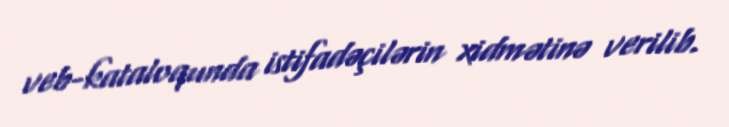
veb-kataloqunda istifadəçilərin xidmətinə verilib.